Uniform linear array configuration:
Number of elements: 32
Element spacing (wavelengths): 0.75
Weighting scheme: blackman
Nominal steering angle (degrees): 15
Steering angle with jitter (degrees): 16.351
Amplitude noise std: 0.05
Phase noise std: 0.05

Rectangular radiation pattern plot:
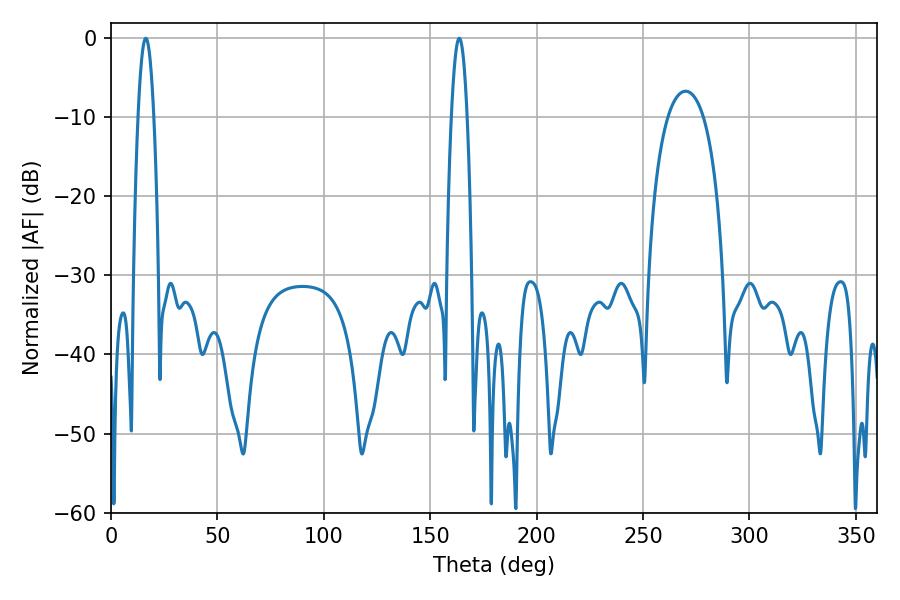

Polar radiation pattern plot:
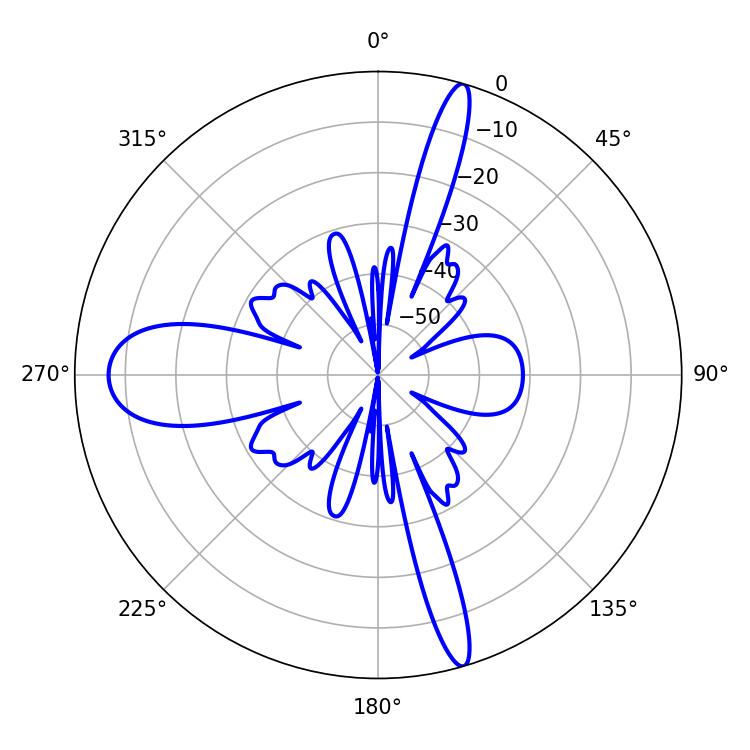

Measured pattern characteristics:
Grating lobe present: TRUE
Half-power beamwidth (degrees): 3.96
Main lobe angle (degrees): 16.38